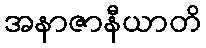
အနာဇာနီယာတိ